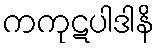
ကကုဋပါဒါနိ